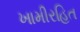
ખામીરહિત